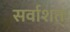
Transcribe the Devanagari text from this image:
सर्वाशतः